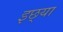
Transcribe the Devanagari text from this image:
इछ्या